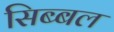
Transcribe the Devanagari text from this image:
सिब्‍बल